Annual administration report of the Civil Veterinary Department of India - 1897-1898
Year: 1897
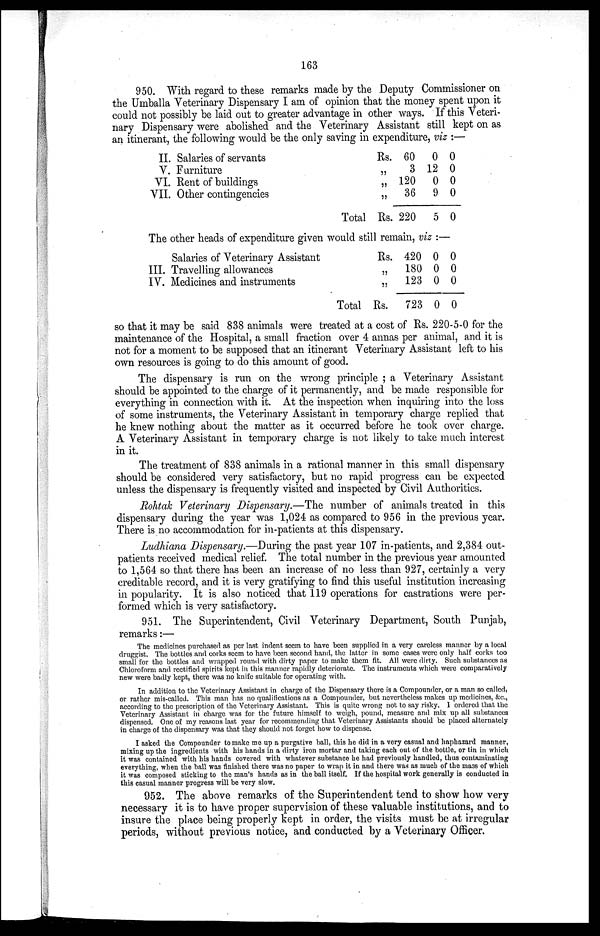
163
950. With regard to these remarks made by the Deputy Commissioner on
the Umballa Veterinary Dispensary I am of opinion that the money spent upon it
could not possibly be laid out to greater advantage in other ways. If this Veteri-
nary Dispensary were abolished and the Veterinary Assistant still kept on as
an itinerant, the following would be the only saving in expenditure, viz:—
II.
V.
VI.
VII.
Salaries of servants
Furniture
Rent of buildings
Other contingencies
Total
Rs.
„
„
„
Rs.
60
3
120
36
220
0
12
0
9
5
0
0
0
0
0
The other heads of expenditure given would still remain, viz:—
III.
IV.
Salaries of Veterinary Assistant
Travelling allowances
Medicines and instruments
Rs.
„
„
Total Rs.
420
180
123
723
0
0
0
0
0
0
0
0
so that it may be said 838 animals were treated at a cost of Rs. 220-5-0 for the
maintenance of the Hospital, a small fraction over 4 annas per animal, and it is
not for a moment to be supposed that an itinerant Veterinary Assistant left to his
own resources is going to do this amount of good.
The dispensary is run on the wrong principle; a Veterinary Assistant
should be appointed to the charge of it permanently, and be made responsible for
everything in connection with it. At the inspection when inquiring into the loss
of some instruments, the Veterinary Assistant in temporary charge replied that
he knew nothing about the matter as it occurred before he took over charge.
A Veterinary Assistant in temporary charge is not likely to take much interest
in it.
The treatment of 838 animals in a rational manner in this small dispensary
should be considered very satisfactory, but no rapid progress can be expected
unless the dispensary is frequently visited and inspected by Civil Authorities.
Rohtak Veterinary Dispensary.—The number of animals treated in this
dispensary during the year was 1,024 as compared to 956 in the previous year.
There is no accommodation for in-patients at this dispensary.
Ludhiana Dispensary.—During the past year 107 in-patients, and 2,384 out-
patients received medical relief. The total number in the previous year amounted
to 1,564 so that there has been an increase of no less than 927, certainly a very
creditable record, and it is very gratifying to find this useful institution increasing
in popularity. It is also noticed that 119 operations for castrations were per-
formed which is very satisfactory.
951. The Superintendent, Civil Veterinary Department, South Punjab,
remarks:—
The medicines purchased as per last indent seem to have been supplied in a very careless manner by a local
druggist. The bottles and corks seem to have been second hand, the latter in some cases were only half corks too
small for the bottles and wrapped round with dirty paper to make them fit. All were dirty. Such substances as
Chloroform and rectified spirits kept in this manner rapidly deteriorate. The instruments which were comparatively
new were badly kept, there was no knife suitable for operating with.
In addition to the Veterinary Assistant in charge of the Dispensary there is a Compounder, or a man so called,
or rather mis-called. This man has no qualifications as a Compounder, but nevertheless makes up medicines, &c.,
according to the prescription of the Veterinary Assistant. This is quite wrong not to say risky. I ordered that the
Veterinary Assistant in charge was for the future himself to weigh, pound, measure and mix up all substances
dispensed. One of my reasons last year for recommending that Veterinary Assistants should be placed alternately
in charge of the dispensary was that they should not forget how to dispense.
I asked the Compounder to make me up a purgative ball, this he did in a very casual and haphazard manner,
mixing up the ingredients with his hands in a dirty iron mortar and taking each out of the bottle, or tin in which
it was contained with his hands covered with whatever substance he had previously handled, thus contaminating
everything, when the ball was finished there was no paper to wrap it in and there was as much of the mass of which
it was composed sticking to the man's hands as in the ball itself. If the hospital work generally is conducted in
this casual manner progress will be very slow.
952. The above remarks of the Superintendent tend to show how very
necessary it is to have proper supervision of these valuable institutions, and to
insure the place being properly kept in order, the visits must be at irregular
periods, without previous notice, and conducted by a Veterinary Officer.